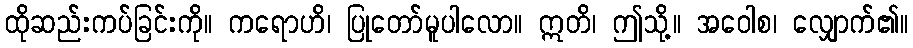
ထိုဆည်းကပ်ခြင်းကို။ ကရောဟိ၊ ပြုတော်မူပါလော။ ဣတိ၊ ဤသို့။ အဝေါစ၊ လျှောက်၏။